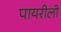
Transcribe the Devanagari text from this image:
पायरीली